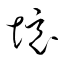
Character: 境